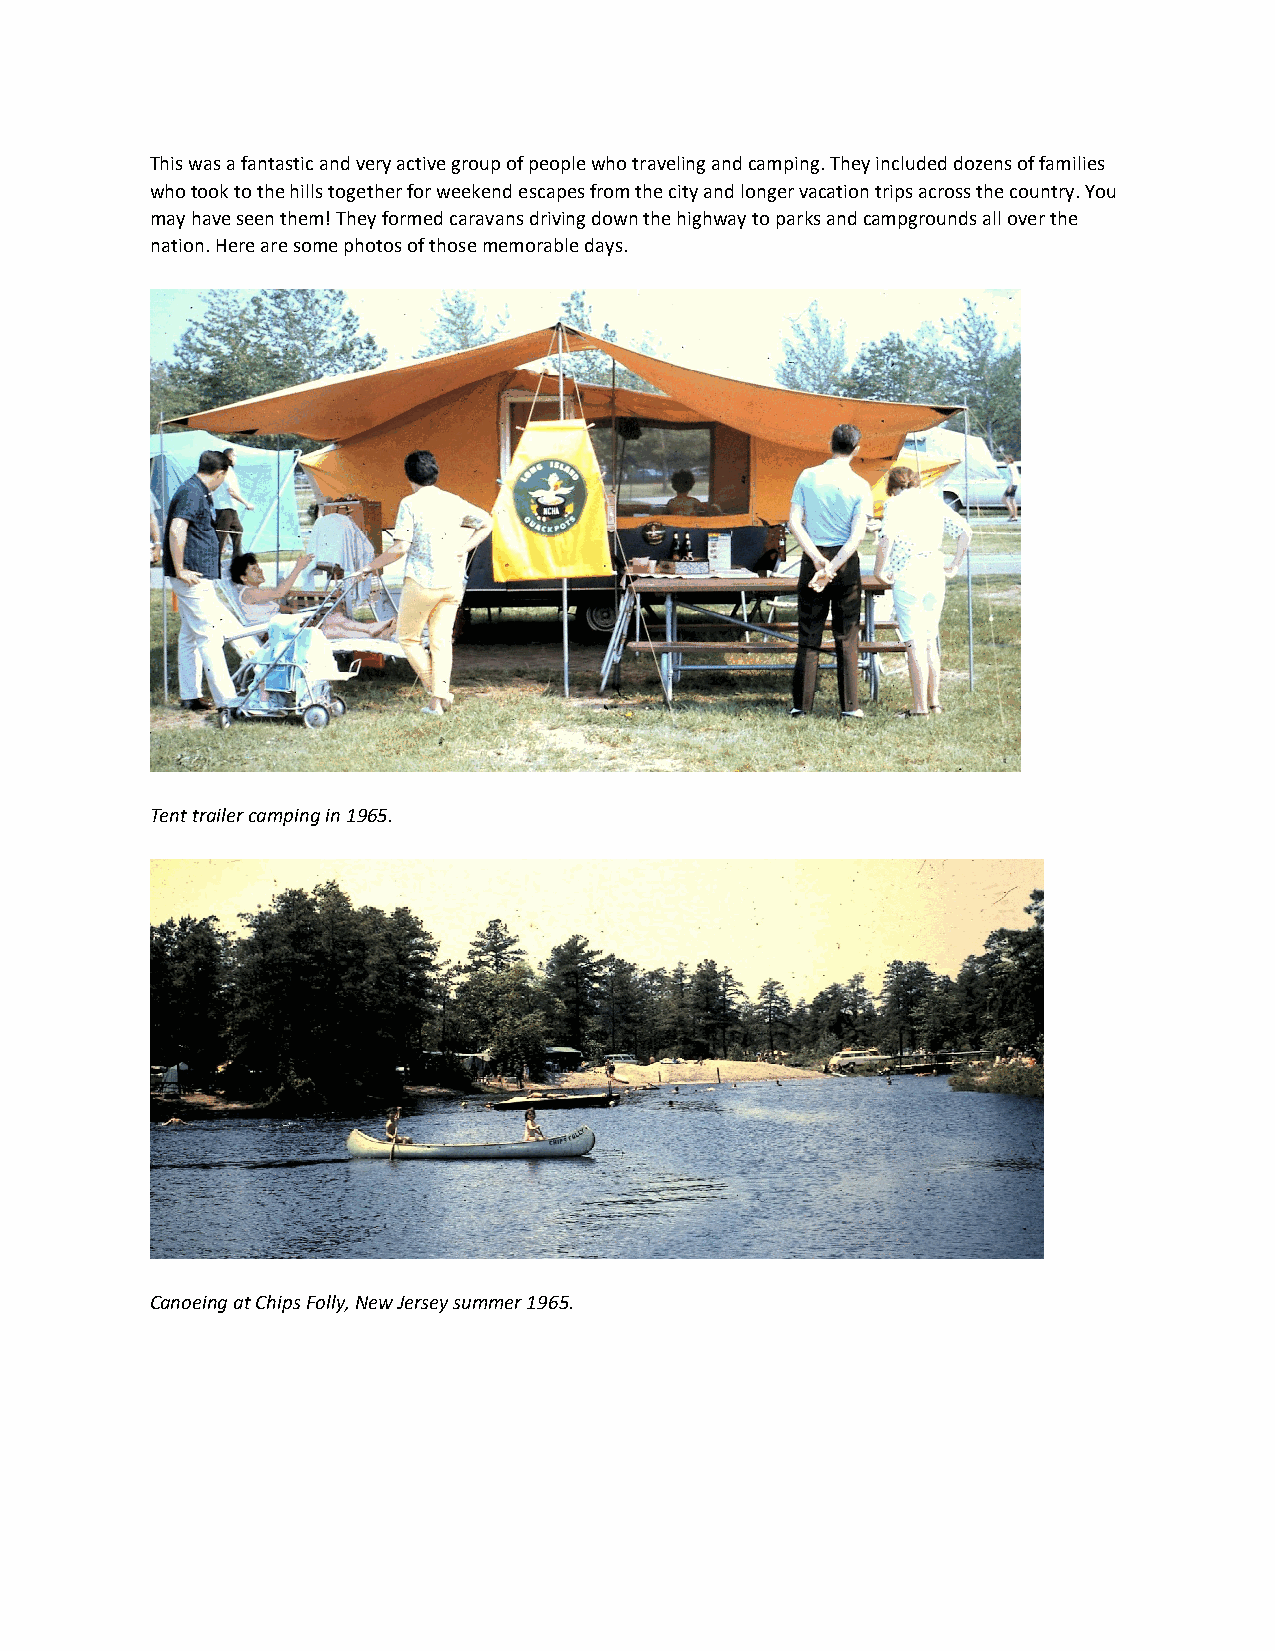
This was a fantastic and very active group of people who traveling and camping. They included dozens of families
 who took to the hills together for weekend escapes from the city and longer vacation trips across the country. You
 may have seen them! They formed caravans driving down the highway to parks and campgrounds all over the
 nation. Here are some photos of those memorable days.
 Tent trailer camping in 1965.
 Canoeing at Chips Folly, New Jersey summer 1965.